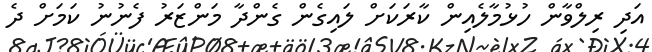
އަދި ރިލްވާން ހުޅުމާލެއިން ކާރަކަށް ލައިގެން ގެންދާ މަންޒަރު ފެނުނު ކަމަށް ދެ